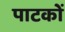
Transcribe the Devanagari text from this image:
पाटकों